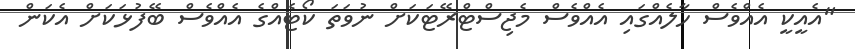
"އެއީކީ އެއްވެސް ހާލެއްގައި އެއްވެސް މެޖިސްޓްރޭޓަކަށް ނުވަތަ ކޯޓެއްގެ އެއްވެސް ބޭފުޅަކަށް އެކަން